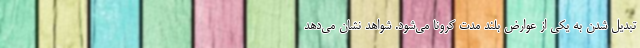
تبدیل شدن به یکی از عوارض بلند مدت کرونا می‌شود. شواهد نشان می‌دهد